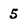
Character: 5